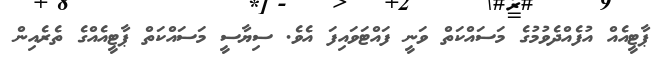
ޕާޓީއެއް އުފެއްދެވުމުގެ މަސައްކަތް ވަނީ ފައްޓަވައިފަ އެވެ. ސިޔާސީ މަސައްކަތް ޕާޓީއެއްގެ ތެރެއިން